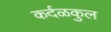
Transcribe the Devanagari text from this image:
कर्दळकुल